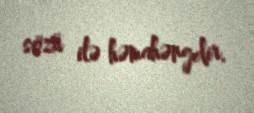
sözü ilə həmahəngdir.